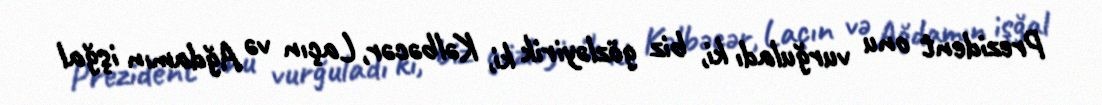
Prezident onu vurğuladı ki, biz gözləyirik ki, Kəlbəcər, Laçın və Ağdamın işğal